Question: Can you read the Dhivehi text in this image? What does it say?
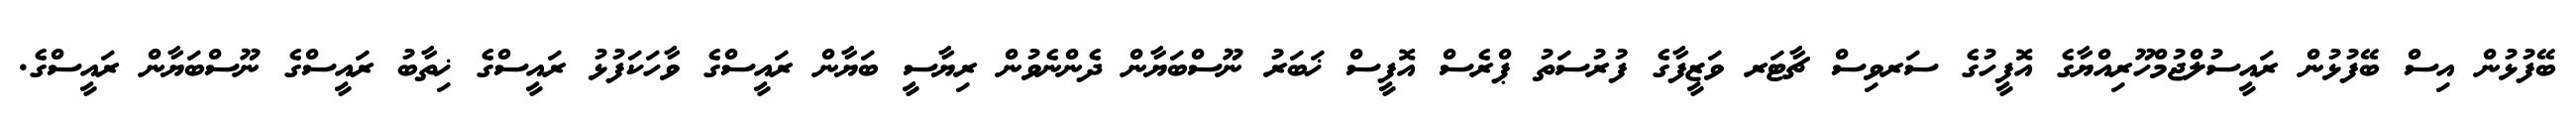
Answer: ބޭފުޅުން އިސް ބޭފުޅުން ރައީސުލްޖުމްހޫރިއްޔާގެ އޮފީހުގެ ސަރވިސް ޗާޓަރ ވަޒީފާގެ ފުރުސަތު ޕްރެސް އޮފީސް ޚަބަރު ނޫސްބަޔާން ދެންނެވުން ރިޔާސީ ބަޔާން ރައީސްގެ ވާހަކަފުޅު ރައީސްގެ ޚިތާބު ރައީސްގެ ނޫސްބަޔާން ރައީސްގެ.